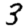
Digit: 3